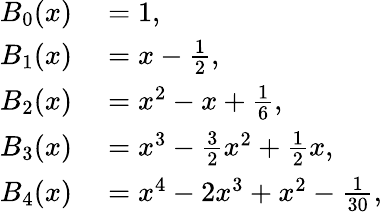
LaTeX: \begin{array}{rl}{B_{0}(x)}&{{}=1,}\\ {B_{1}(x)}&{{}=x-{\frac{1}{2}},}\\ {B_{2}(x)}&{{}=x^{2}-x+{\frac{1}{6}},}\\ {B_{3}(x)}&{{}=x^{3}-{\frac{3}{2}}x^{2}+{\frac{1}{2}}x,}\\ {B_{4}(x)}&{{}=x^{4}-2x^{3}+x^{2}-{\frac{1}{30}},}\end{array}